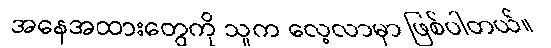
အနေအထားတွေကို သူက လေ့လာမှာ ဖြစ်ပါတယ်။